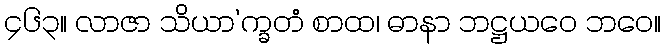
၄၆၃။ လာဇာ သိယာ’က္ခတံ စာထ၊ ဓာနာ ဘဋ္ဌယဝေ ဘဝေ။